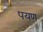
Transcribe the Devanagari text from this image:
पयण